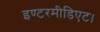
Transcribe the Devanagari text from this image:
इण्टरमीडिएट।